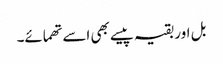
بل اور بقیہ پیسے بھی اسے تھمائے۔